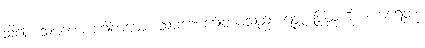
သိ၍။ သမဏေ ဂေါတမော၊ သမဏေဂေါတမသည်။ ရဇ္ဇံ၊ ပြည်ကို။ ကာရေတုံ၊